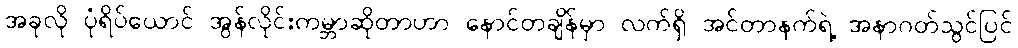
အခုလို ပုံရိပ်ယောင် အွန်လိုင်းကမ္ဘာဆိုတာဟာ နောင်တချိန်မှာ လက်ရှိ အင်တာနက်ရဲ့ အနာဂတ်သွင်ပြင်